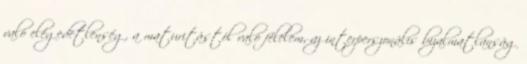
való elégedetlenség, a maturitástól való félelem, az interperszonális bizalmatlanság